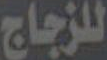
للزجاج